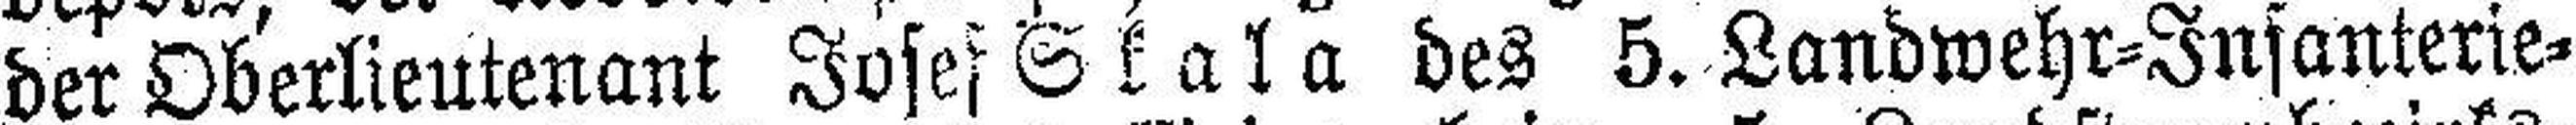
der Oberlieutenant Josef Skala des 5. Landwehr-Infanterie¬